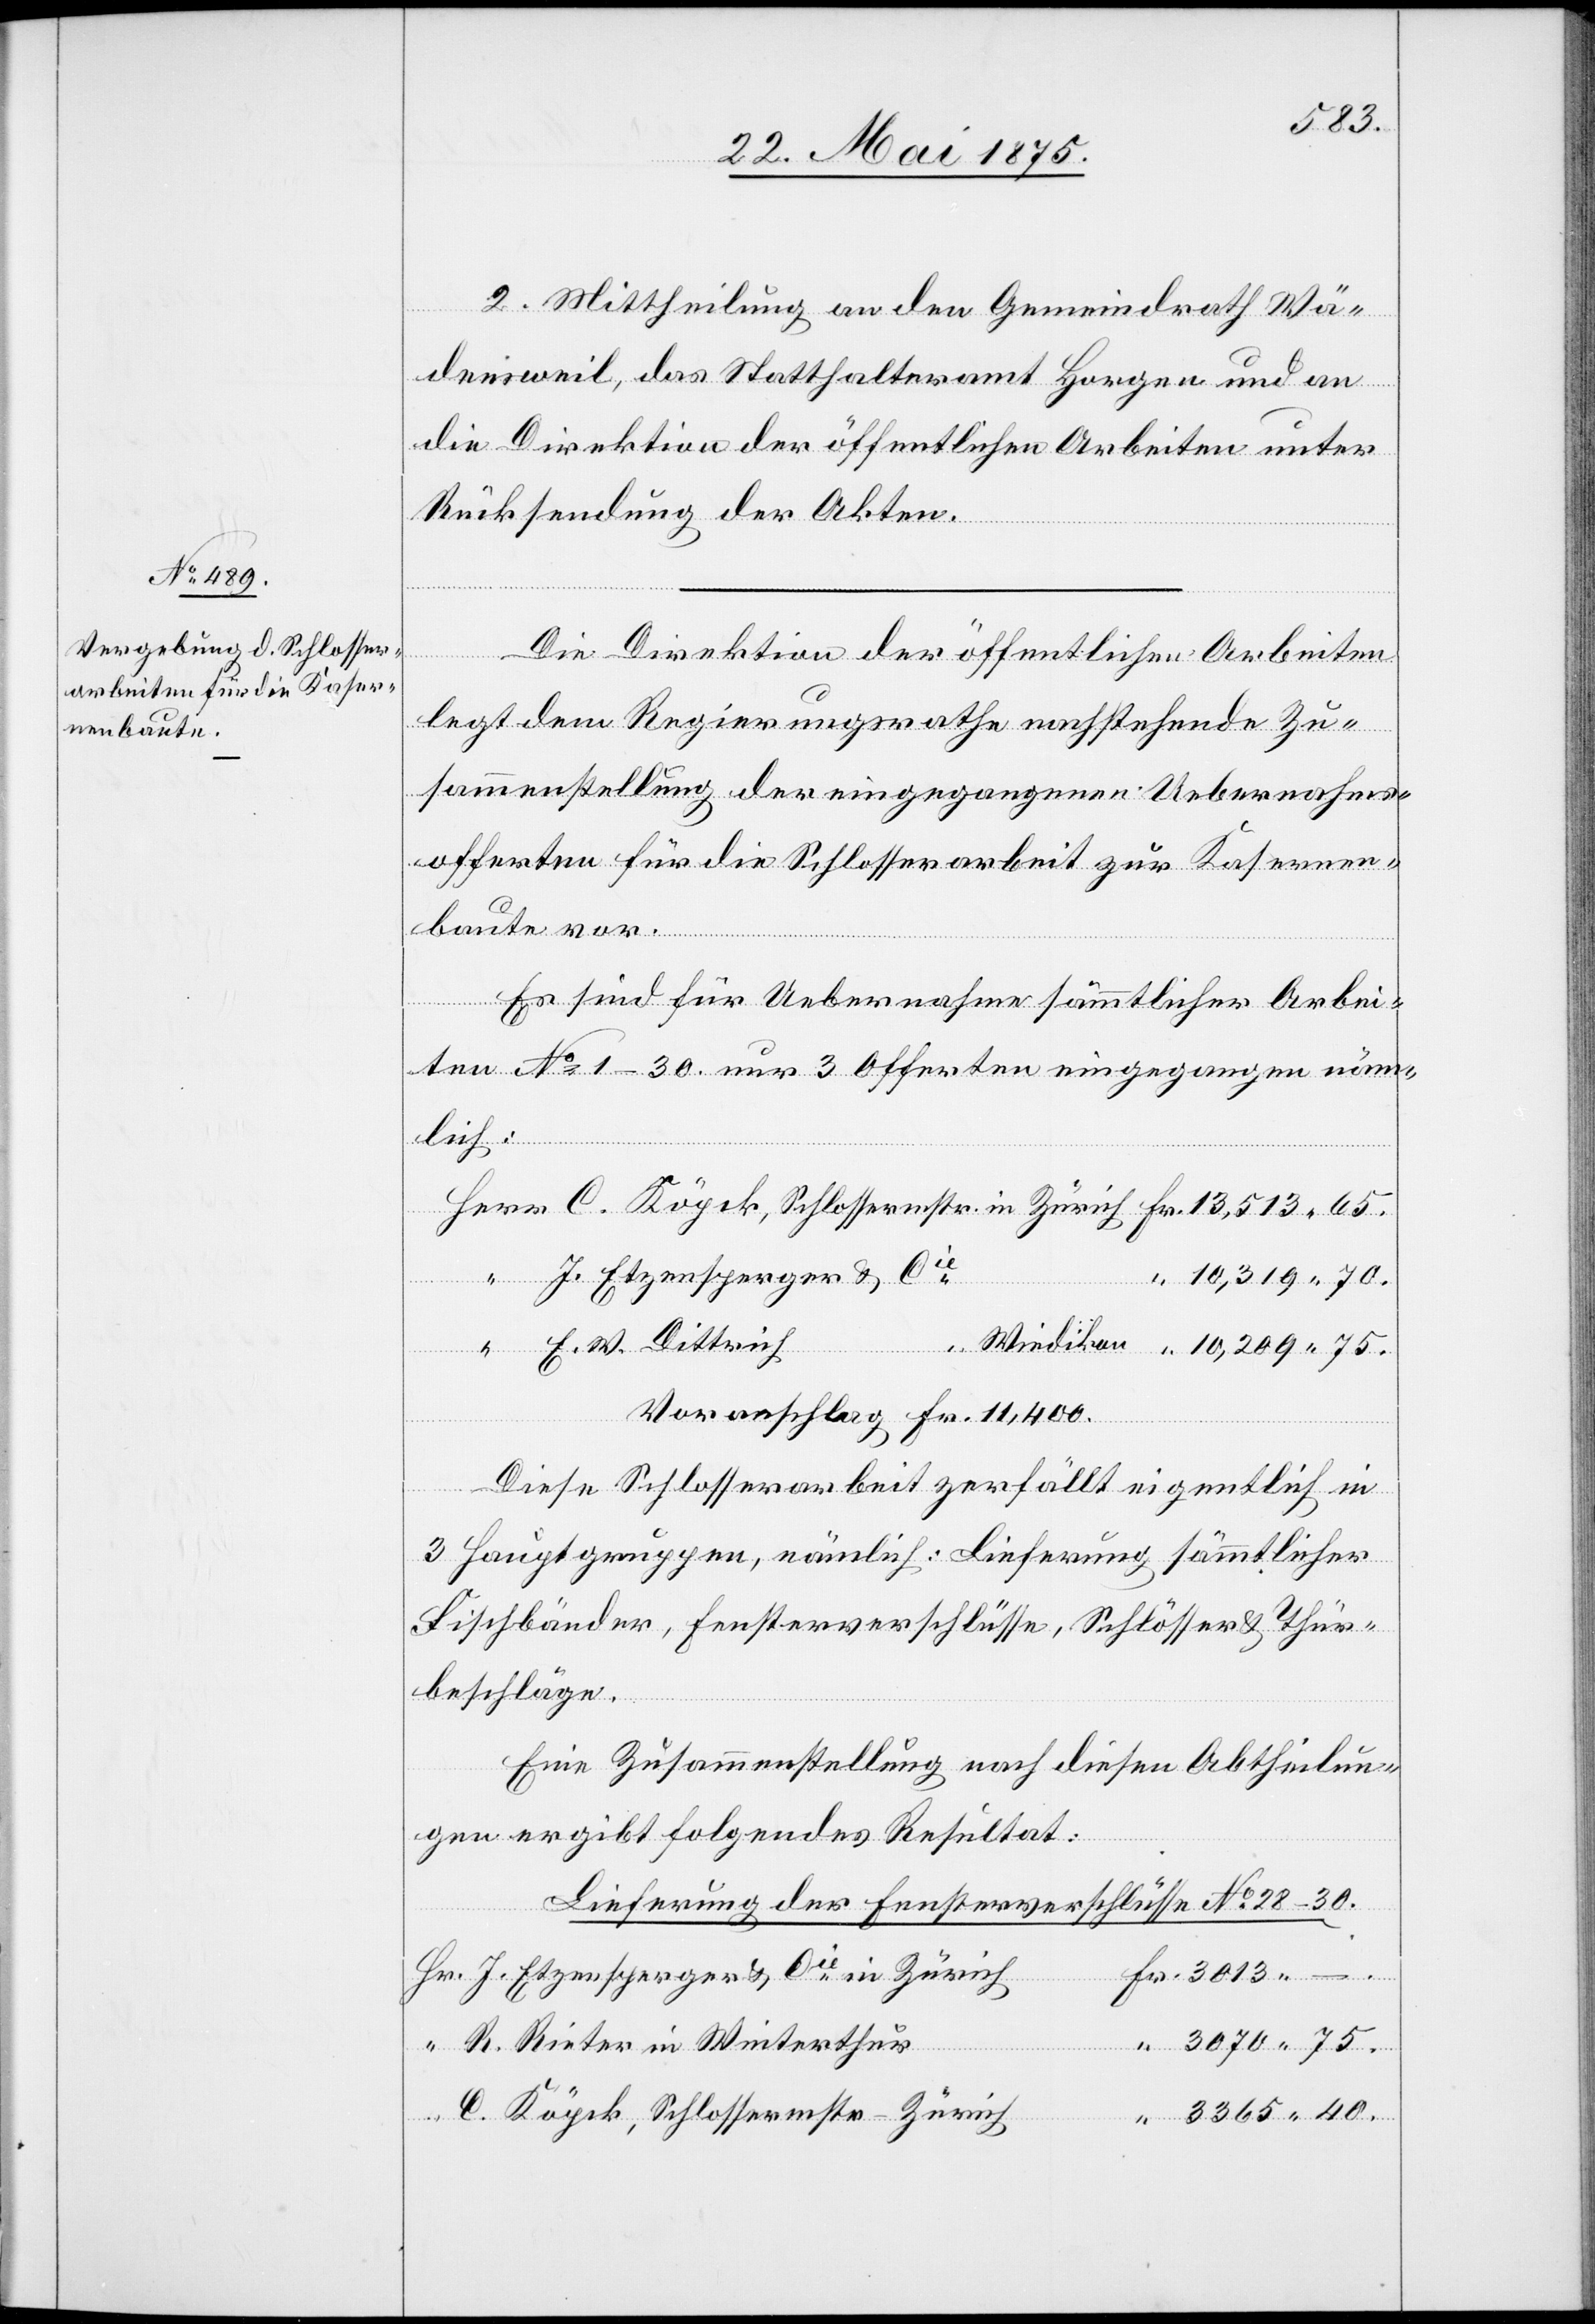
3013
“
2. Mittheilung an den Gemeindrath Wä¬
densweil, das Statthalteramt Horgen und an
die Direktion der öffentlichen Arbeiten unter
Rücksendung der Akten.
Die Direktion der öffentlichen Arbeiten
legt dem Regierungsrathe entsprechende Zu¬
sammenstellung der eingegangenen Uebernahms¬
offerten für die Schlosserarbeit zur Kasernen¬
baute vor.
Es sind für Uebernahme sämmtlicher Arbei¬
ten No 1–30 nur 3 Offerten eingegangen, näm¬
lich:
J. Etzensperger & Cie
10,319 70.
E. W. Dittrich
Voranschlag Fr. 11,400.
Diese Schlosserarbeit zerfällt eigentlich in
3 Hauptgruppen, nämlich: Lieferung sämmtlicher
Fischbänder, Fensterverschlüsse, Schlösser & Thür¬
beschläge.
Eine Zusammenstellung nach diesen Abtheilun¬
gen ergibt folgendes Resultat:
Lieferung der Fensterverschlüsse No. 28–30.
J. Etzensperger & Cie in Zürich
R. Rieter in Winterthur
C. Köpck, Schlossermstr - Zürich
3365 40.